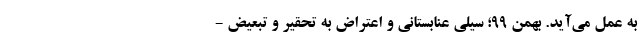
به عمل می‌آید. بهمن 99؛ سیلی عنابستانی و اعتراض به تحقیر و تبعیض -